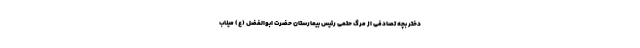
دختر بچه تصادفی از مرگ حتمی رئیس بیمارستان حضرت ابوالفضل (ع) میناب